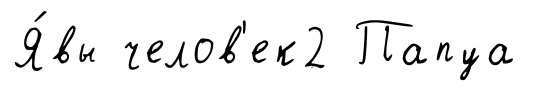
Я́вы челов'ек2 Папуа